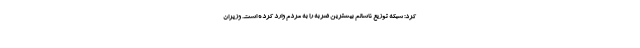
کرد: شبکه توزیع ناسالم بیشترین ضربه را به مردم وارد کرده است. وزیران